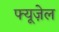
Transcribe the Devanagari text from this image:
फ्यूज़ेल